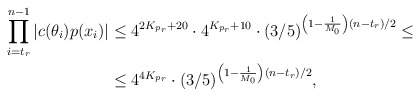
\begin{align*}\prod \limits_{i=t_r}^{n - 1} |c(\theta_i)p(x_i)| &\leq 4^{2K_{p_r} + 20} \cdot 4^{K_{p_r} + 10} \cdot (3/5)^{\left(1 - \frac1{M_0} \right)(n - t_r)/2} \leq\\&\leq 4^{4K_{p_r}} \cdot (3/5)^{\left(1 - \frac1{M_0} \right)(n - t_r)/2},\end{align*}